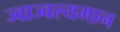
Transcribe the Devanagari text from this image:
ज्वाज्वल्यमान